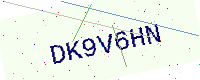
Text: DK9V6HN